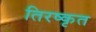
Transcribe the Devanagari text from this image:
तिरष्कृत